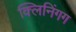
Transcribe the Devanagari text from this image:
क्लिनिंगग